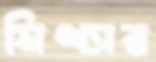
মিথ্যার